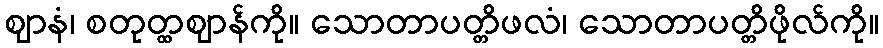
ဈာနံ၊ စတုတ္ထဈာန်ကို။ သောတာပတ္တိဖလံ၊ သောတာပတ္တိဖိုလ်ကို။